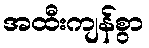
အထီးကျန်စွာ